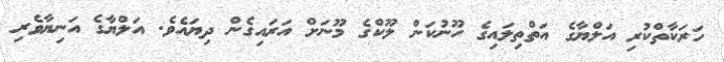
ހަރަކާތްކުރި އަލްޔާގެ އަތްތިލައިގެ ހޫނުކަން ލޫކްގެ މޫނަށް އަރައިގެން ދިޔައެވެ. އަލްޔާގެ އަނިޔާވެރި